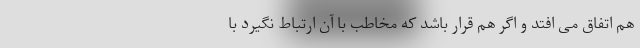
هم اتفاق می افتد و اگر هم قرار باشد که مخاطب با آن ارتباط نگیرد با